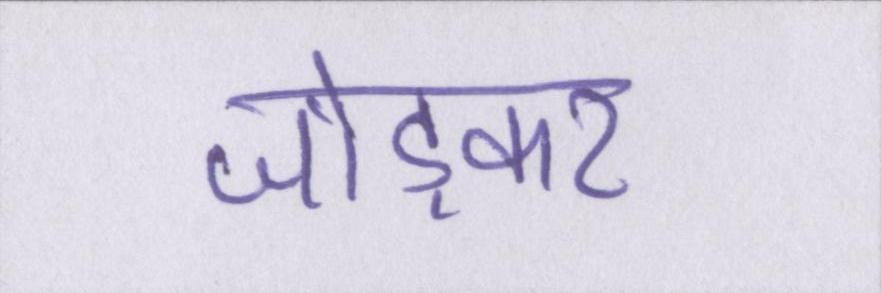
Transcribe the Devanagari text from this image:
जोड़कर